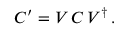
C ^ { \prime } = V \, C \, V ^ { \dagger } \, .